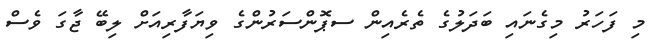
މި ފަހަރު މިގެނައި ބަދަލުގެ ތެރެއިން ސޕޮންސަރުންގެ ވިޔަފާރިއަށް ލިބޭ ޖާގަ ވެސް